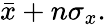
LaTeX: \textstyle{\bar{x}}+n\sigma_{x}.